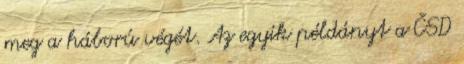
meg a háború végét. Az egyik példányt a ČSD